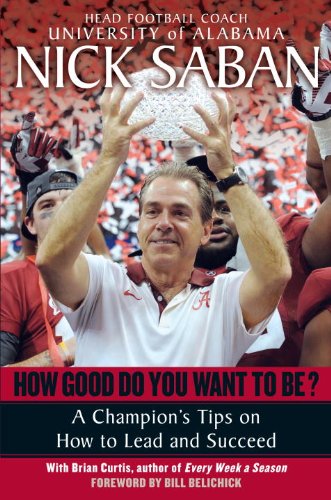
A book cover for How Good Do You Want to Be?: A Champion's Tips on How to Lead and Succeed at Work and in Life; Nick Saban; Sports & Outdoors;